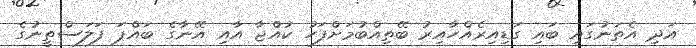
އަދި އެތަނުގައި ބައި ގަޑިއިރެއްހާއިރު ބޭތިއްބުމަށްފަހު ކުއްޖާ އާއި އޭނާގެ ބައްޕަ ފަލަސްތީނުގެ